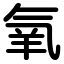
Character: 氧